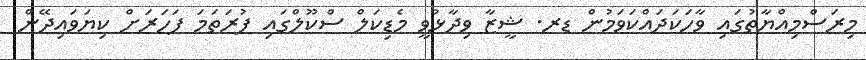
މިރަސްމިއްޔާތުގައި ވާހަކަދައްކަވަމުން ޑރ. ޝީޒާ ވިދާޅުވީ މެޑިކަލް ސްކޫލްގައި ފުރަތަމަ ފަހަރަށް ކިޔަވައިދޭން